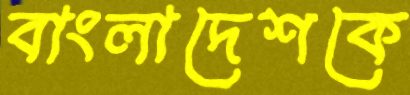
বাংলাদেশকে